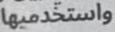
واستخدميها